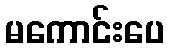
မကောင်းပေ